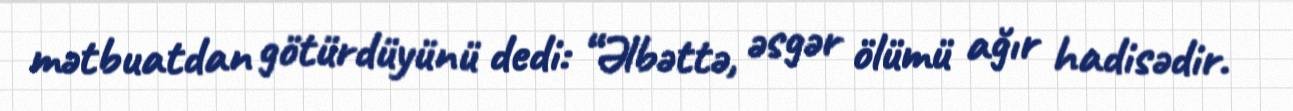
mətbuatdan götürdüyünü dedi: “Əlbəttə, əsgər ölümü ağır hadisədir.